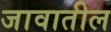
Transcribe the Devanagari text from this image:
जावातील